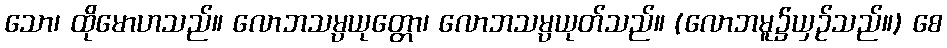
သော၊ ထိုမောဟသည်။ လောဘသမ္ပယုတ္တော၊ လောဘသမ္ပယုတ်သည်။ (လောဘမူ၌ယှဉ်သည်။) စေ